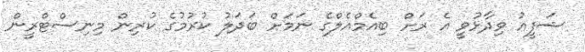
ޝަފީއު ވިދާޅުވީ އެ ރަށް ބިއެމްއެލްގެ ނަމަށް ބަދަލު ކުރުމުގެ ކުރިން މިނިސްޓްރީން